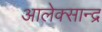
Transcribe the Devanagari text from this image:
आलेक्सान्द्र